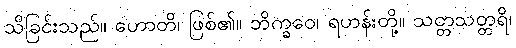
သိခြင်းသည်။ ဟောတိ၊ ဖြစ်၏။ ဘိက္ခဝေ၊ ရဟန်းတို့။ သတ္တသတ္တရိ၊